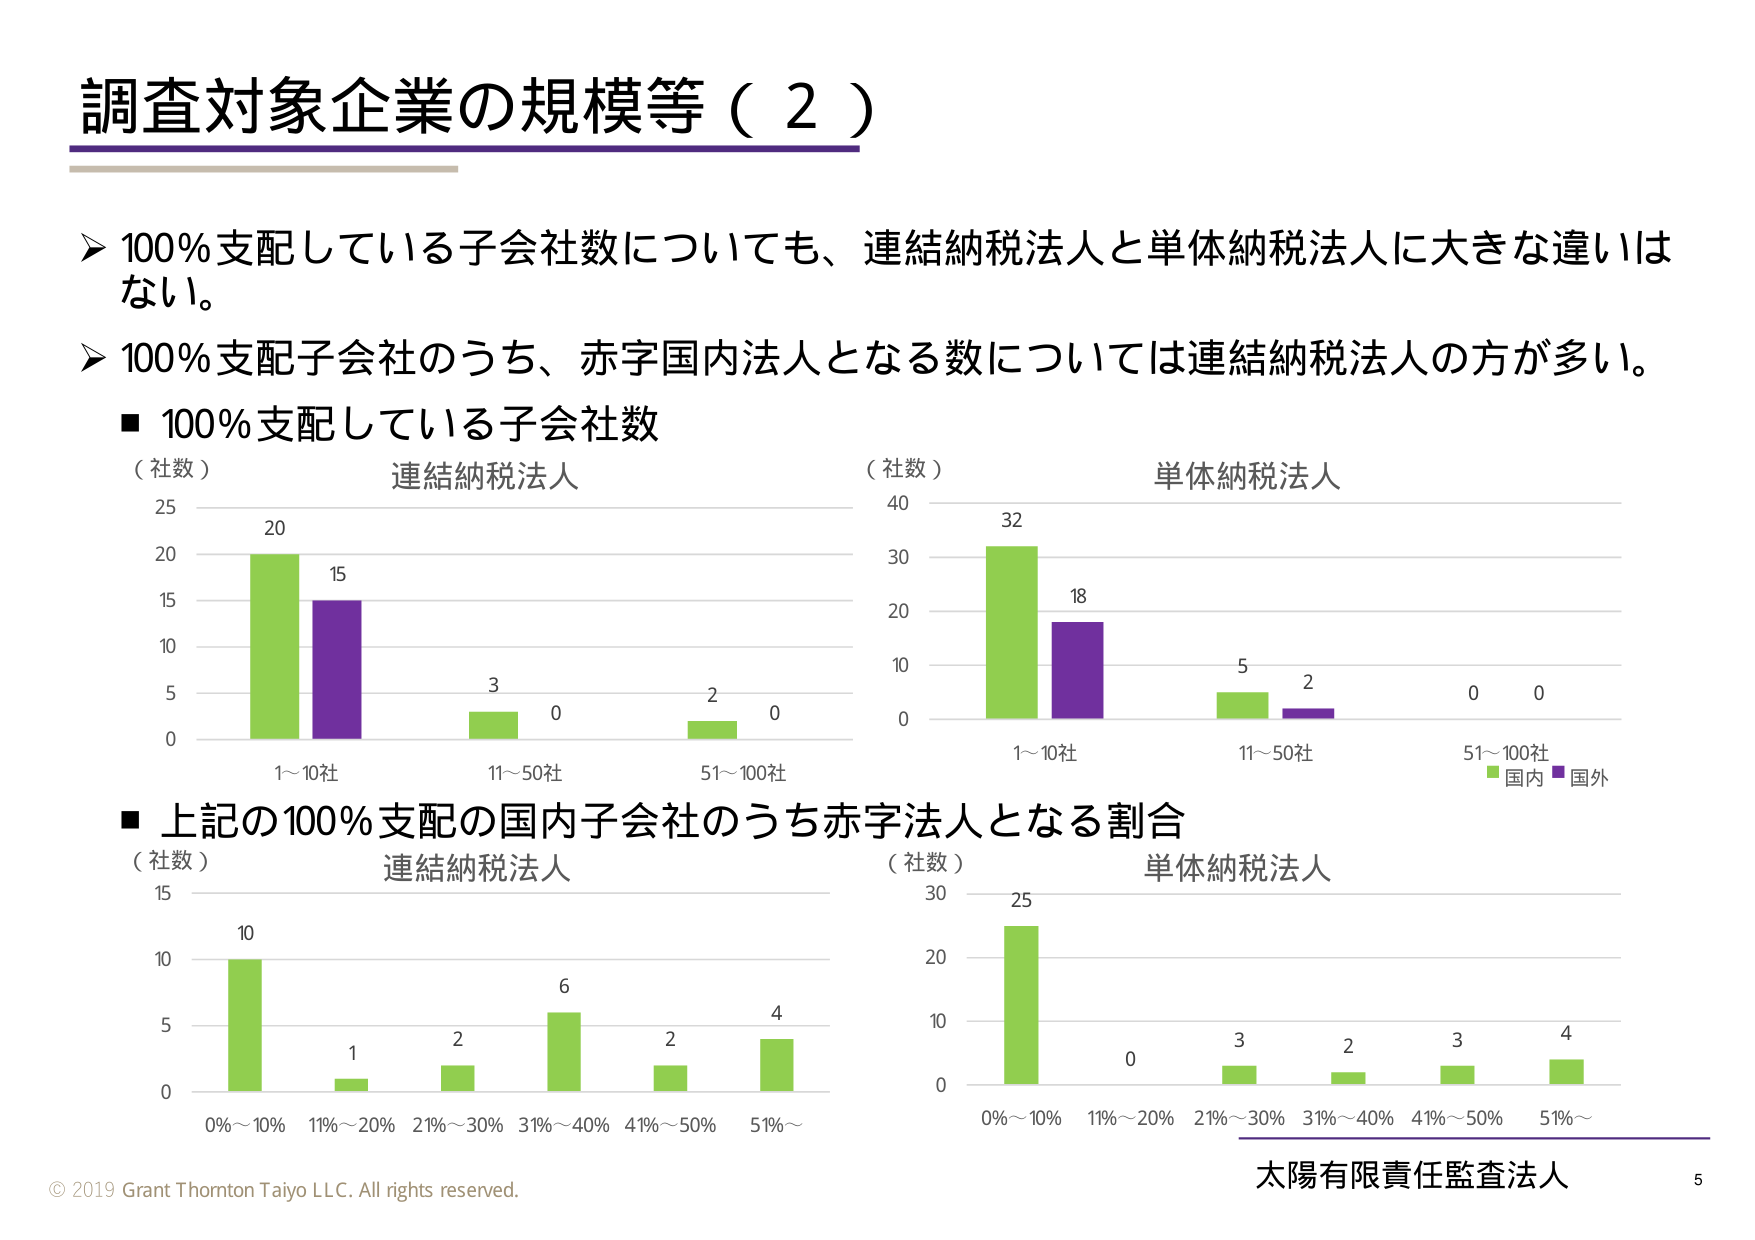
調査対象企業の規模等（２）

➤ 100％支配している子会社数についても、連結納税法人と単体納税法人に大きな違いはない。
➤ 100％支配子会社のうち、赤字国内法人となる数については連結納税法人の方が多い。

■ 100％支配している子会社数
（社数） 連結納税法人
25
20
15
10
5
0
20
15
3
0
2
0
1～10社
11～50社
51～100社

（社数） 単体納税法人
40
30
20
10
0
32
18
5
2
0
0
1～10社
11～50社
51～100社
■国内 ■国外

■ 上記の100％支配の国内子会社のうち赤字法人となる割合
（社数） 連結納税法人
15
10
5
0
10
1
2
6
2
4
0％～10％ 11％～20％ 21％～30％ 31％～40％ 41％～50％ 51％～

（社数） 単体納税法人
30
20
10
0
25
0
3
2
3
4
0％～10％ 11％～20％ 21％～30％ 31％～40％ 41％～50％ 51％～

© 2019 Grant Thornton Taiyo LLC. All rights reserved.
太陽有限責任監査法人
5